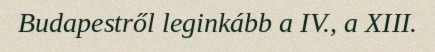
Budapestről leginkább a IV., a XIII.